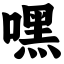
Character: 嘿